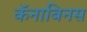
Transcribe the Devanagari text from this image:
कॅनाबिनस